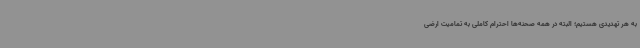
به هر تهدیدی هستیم؛ البته در همه صحنه‌ها احترام کاملی به تمامیت ارضی